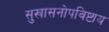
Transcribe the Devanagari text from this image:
सुखासनोपविष्टाय